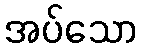
အပ်သော